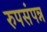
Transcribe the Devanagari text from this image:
रुपसंपन्न